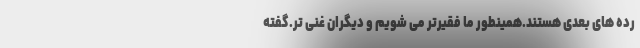
رده های بعدی هستند.همینطور ما فقیرتر می شویم و دیگران غنی تر.گفته